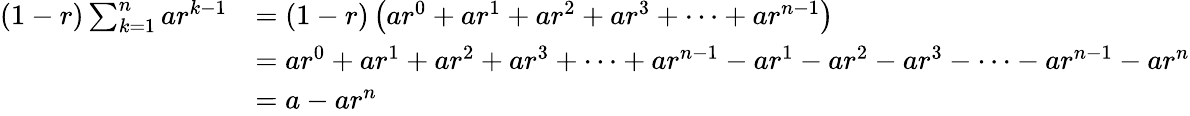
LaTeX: {\begin{array}{rl}{(1-r)\sum_{k=1}^{n}ar^{k-1}}&{=(1-r)\left(ar^{0}+ar^{1}+ar^{2}+ar^{3}+\cdots+ar^{n-1}\right)}\\ &{=ar^{0}+ar^{1}+ar^{2}+ar^{3}+\cdots+ar^{n-1}-ar^{1}-ar^{2}-ar^{3}-\cdots-ar^{n-1}-ar^{n}}\\ &{=a-ar^{n}}\end{array}}